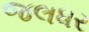
જલધર